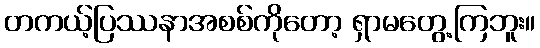
တကယ့်ပြဿနာအစစ်ကိုတော့ ရှာမတွေ့ကြဘူး။